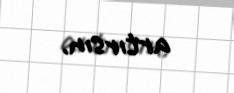
artırsın.